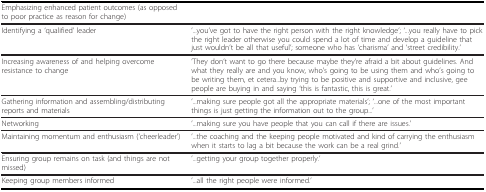
<table><thead><tr><td><b>Emphasizing enhanced patient outcomes (as opposed to poor practice as reason for change)</b></td><td></td></tr></thead><tbody><tr><td>Identifying a &#x27;qualified&#x27; leader</td><td>&#x27;...you&#x27;ve got to have the right person with the right knowledge&#x27;; &#x27;...you really have to pick the right leader otherwise you could spend a lot of time and develop a guideline that just wouldn&#x27;t be all that useful&#x27;; someone who has &#x27;charisma&#x27; and &#x27;street credibility.&#x27;</td></tr><tr><td>Increasing awareness of and helping overcome resistance to change</td><td>&#x27;They don&#x27;t want to go there because maybe they&#x27;re afraid a bit about guidelines. And what they really are and you know, who&#x27;s going to be using them and who&#x27;s going to be writing them, et cetera...by trying to be positive and supportive and inclusive, gee people are buying in and saying &#x27;this is fantastic, this is great.&#x27;</td></tr><tr><td>Gathering information and assembling/distributing reports and materials</td><td>&#x27;...making sure people got all the appropriate materials&#x27;; &#x27;...one of the most important things is just getting the information out to the group...&#x27;</td></tr><tr><td>Networking</td><td>&#x27;...making sure you have people that you can call if there are issues.&#x27;</td></tr><tr><td>Maintaining momentum and enthusiasm (&#x27;cheerleader&#x27;)</td><td>&#x27;...the coaching and the keeping people motivated and kind of carrying the enthusiasm when it starts to lag a bit because the work can be a real grind.&#x27;</td></tr><tr><td>Ensuring group remains on task (and things are not missed)</td><td>&#x27;...getting your group together properly.&#x27;</td></tr><tr><td>Keeping group members informed</td><td>&#x27;...all the right people were informed.&#x27;</td></tr></tbody></table>